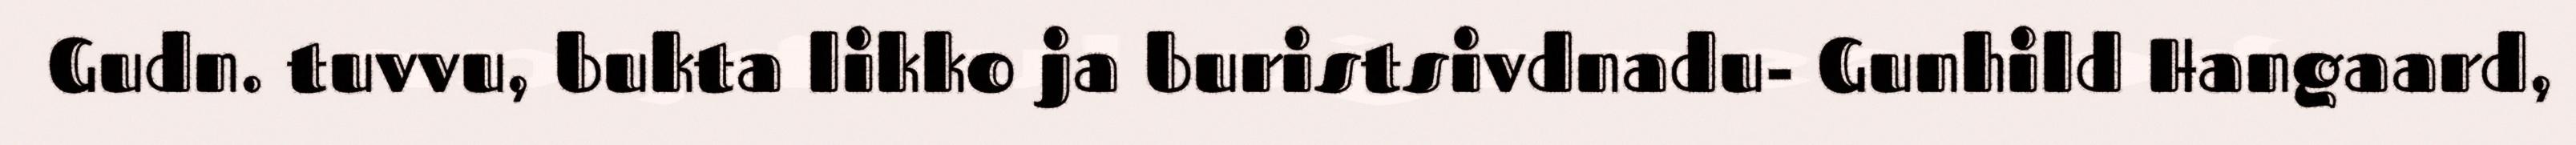
Gudn. tuvvu, bukta likko ja buristsivdnadu- Gunhild Hangaard,